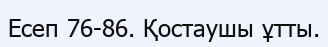
Есеп 76-86. Қостаушы ұтты.